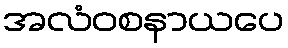
အလံဝစနာယပေ